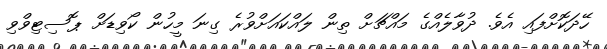
ހޭދަކޮށްފައި އެވެ. ދުވާލެއްގެ މައްޗަށް ތިން ލައްކައަށްވުރެ ގިނަ މީހުން ކޯވިޑަށް ޕޮސިޓިވްވި